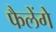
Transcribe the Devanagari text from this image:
फैलेंगे